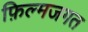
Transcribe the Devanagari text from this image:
फ़िल्मजगत